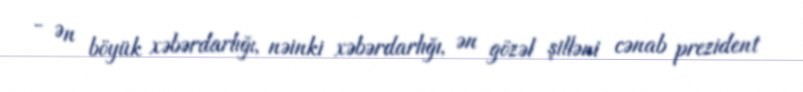
- Ən böyük xəbərdarlığı, nəinki xəbərdarlığı, ən gözəl şilləni cənab prezident